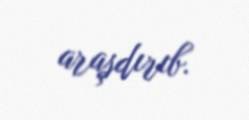
araşdırıb.